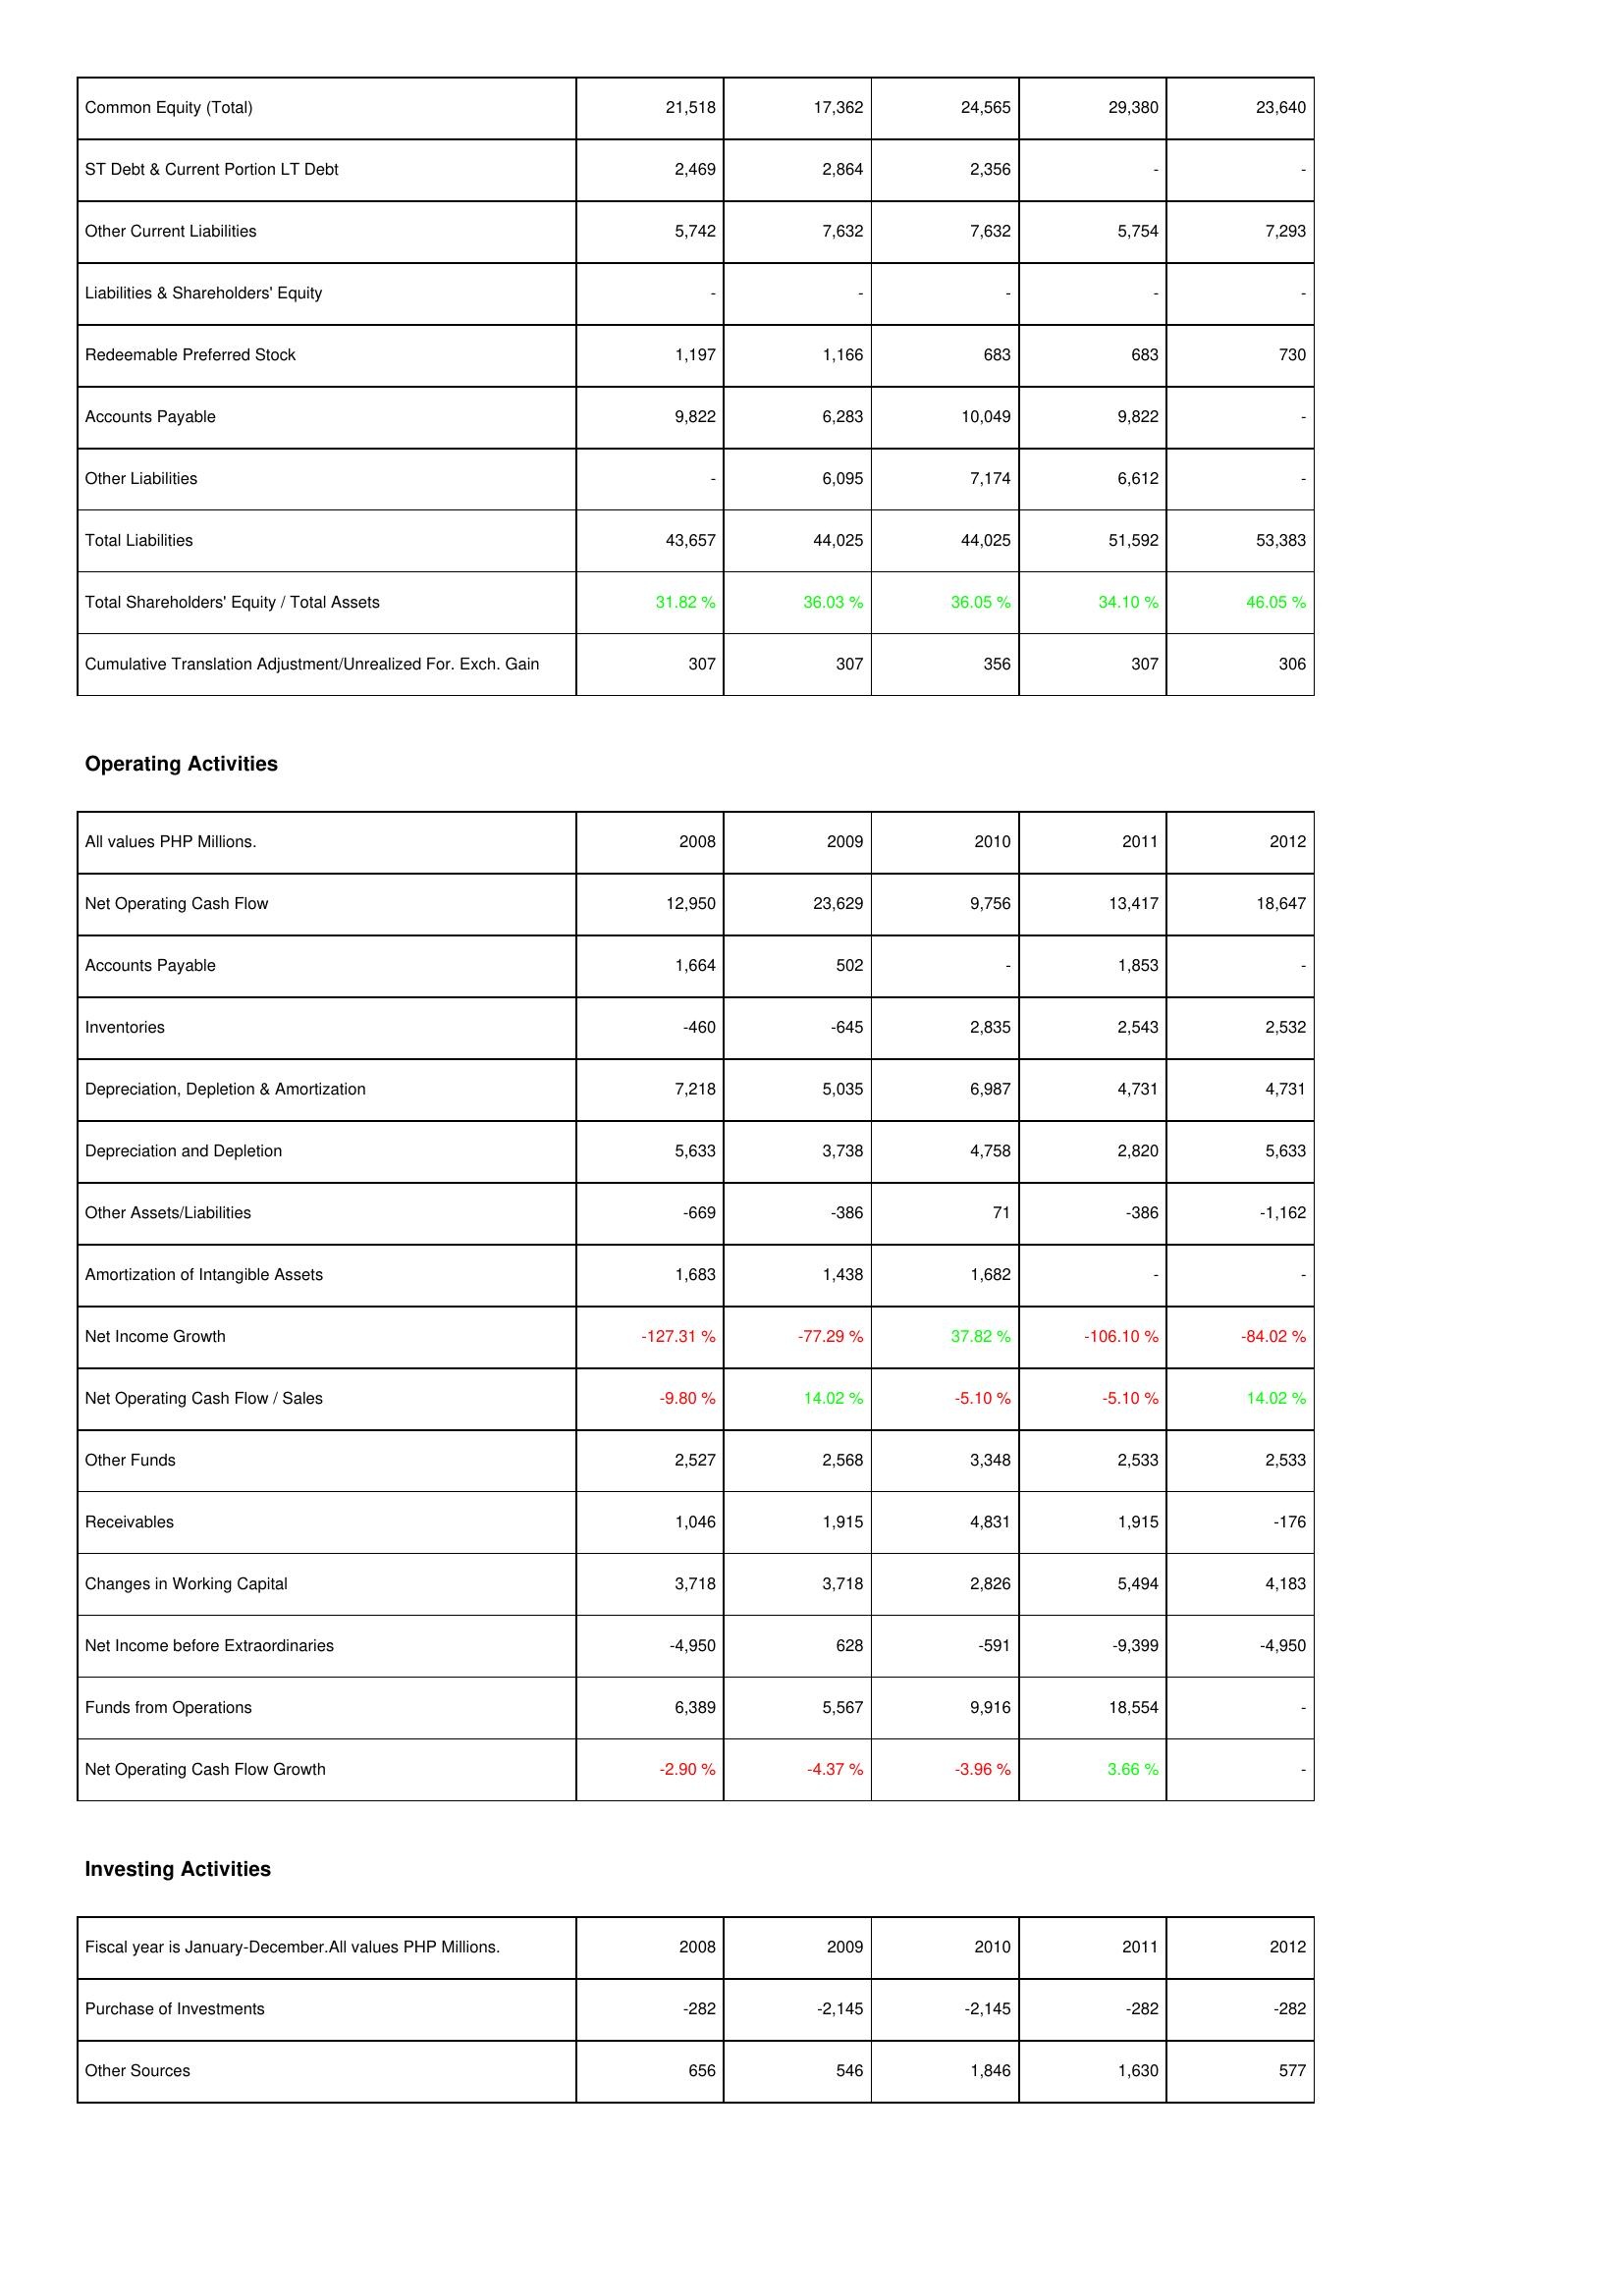
2008: Liabilities & Shareholders' Equity: Common Equity (Total): 21,518
ST Debt & Current Portion LT Debt: 2,469
Other Current Liabilities: 5,742
Liabilities & Shareholders' Equity: -
Redeemable Preferred Stock: 1,197
Accounts Payable: 9,822
Other Liabilities: -
Total Liabilities: 43,657
Total Shareholders' Equity / Total Assets: 31.82 %
Cumulative Translation Adjustment/Unrealized For. Exch. Gain: 307
Operating Activities: Net Operating Cash Flow: 12,950
Accounts Payable: 1,664
Inventories: -460
Depreciation, Depletion & Amortization: 7,218
Depreciation and Depletion: 5,633
Other Assets/Liabilities: -669
Amortization of Intangible Assets: 1,683
Net Income Growth: -127.31 %
Net Operating Cash Flow / Sales: -9.80 %
Other Funds: 2,527
Receivables: 1,046
Changes in Working Capital: 3,718
Net Income before Extraordinaries: -4,950
Funds from Operations: 6,389
Net Operating Cash Flow Growth: -2.90 %
Investing Activities: Purchase of Investments: -282
Other Sources: 656
2009: Liabilities & Shareholders' Equity: Common Equity (Total): 17,362
ST Debt & Current Portion LT Debt: 2,864
Other Current Liabilities: 7,632
Liabilities & Shareholders' Equity: -
Redeemable Preferred Stock: 1,166
Accounts Payable: 6,283
Other Liabilities: 6,095
Total Liabilities: 44,025
Total Shareholders' Equity / Total Assets: 36.03 %
Cumulative Translation Adjustment/Unrealized For. Exch. Gain: 307
Operating Activities: Net Operating Cash Flow: 23,629
Accounts Payable: 502
Inventories: -645
Depreciation, Depletion & Amortization: 5,035
Depreciation and Depletion: 3,738
Other Assets/Liabilities: -386
Amortization of Intangible Assets: 1,438
Net Income Growth: -77.29 %
Net Operating Cash Flow / Sales: 14.02 %
Other Funds: 2,568
Receivables: 1,915
Changes in Working Capital: 3,718
Net Income before Extraordinaries: 628
Funds from Operations: 5,567
Net Operating Cash Flow Growth: -4.37 %
Investing Activities: Purchase of Investments: -2,145
Other Sources: 546
2010: Liabilities & Shareholders' Equity: Common Equity (Total): 24,565
ST Debt & Current Portion LT Debt: 2,356
Other Current Liabilities: 7,632
Liabilities & Shareholders' Equity: -
Redeemable Preferred Stock: 683
Accounts Payable: 10,049
Other Liabilities: 7,174
Total Liabilities: 44,025
Total Shareholders' Equity / Total Assets: 36.05 %
Cumulative Translation Adjustment/Unrealized For. Exch. Gain: 356
Operating Activities: Net Operating Cash Flow: 9,756
Accounts Payable: -
Inventories: 2,835
Depreciation, Depletion & Amortization: 6,987
Depreciation and Depletion: 4,758
Other Assets/Liabilities: 71
Amortization of Intangible Assets: 1,682
Net Income Growth: 37.82 %
Net Operating Cash Flow / Sales: -5.10 %
Other Funds: 3,348
Receivables: 4,831
Changes in Working Capital: 2,826
Net Income before Extraordinaries: -591
Funds from Operations: 9,916
Net Operating Cash Flow Growth: -3.96 %
Investing Activities: Purchase of Investments: -2,145
Other Sources: 1,846
2011: Liabilities & Shareholders' Equity: Common Equity (Total): 29,380
ST Debt & Current Portion LT Debt: -
Other Current Liabilities: 5,754
Liabilities & Shareholders' Equity: -
Redeemable Preferred Stock: 683
Accounts Payable: 9,822
Other Liabilities: 6,612
Total Liabilities: 51,592
Total Shareholders' Equity / Total Assets: 34.10 %
Cumulative Translation Adjustment/Unrealized For. Exch. Gain: 307
Operating Activities: Net Operating Cash Flow: 13,417
Accounts Payable: 1,853
Inventories: 2,543
Depreciation, Depletion & Amortization: 4,731
Depreciation and Depletion: 2,820
Other Assets/Liabilities: -386
Amortization of Intangible Assets: -
Net Income Growth: -106.10 %
Net Operating Cash Flow / Sales: -5.10 %
Other Funds: 2,533
Receivables: 1,915
Changes in Working Capital: 5,494
Net Income before Extraordinaries: -9,399
Funds from Operations: 18,554
Net Operating Cash Flow Growth: 3.66 %
Investing Activities: Purchase of Investments: -282
Other Sources: 1,630
2012: Liabilities & Shareholders' Equity: Common Equity (Total): 23,640
ST Debt & Current Portion LT Debt: -
Other Current Liabilities: 7,293
Liabilities & Shareholders' Equity: -
Redeemable Preferred Stock: 730
Accounts Payable: -
Other Liabilities: -
Total Liabilities: 53,383
Total Shareholders' Equity / Total Assets: 46.05 %
Cumulative Translation Adjustment/Unrealized For. Exch. Gain: 306
Operating Activities: Net Operating Cash Flow: 18,647
Accounts Payable: -
Inventories: 2,532
Depreciation, Depletion & Amortization: 4,731
Depreciation and Depletion: 5,633
Other Assets/Liabilities: -1,162
Amortization of Intangible Assets: -
Net Income Growth: -84.02 %
Net Operating Cash Flow / Sales: 14.02 %
Other Funds: 2,533
Receivables: -176
Changes in Working Capital: 4,183
Net Income before Extraordinaries: -4,950
Funds from Operations: -
Net Operating Cash Flow Growth: -
Investing Activities: Purchase of Investments: -282
Other Sources: 577